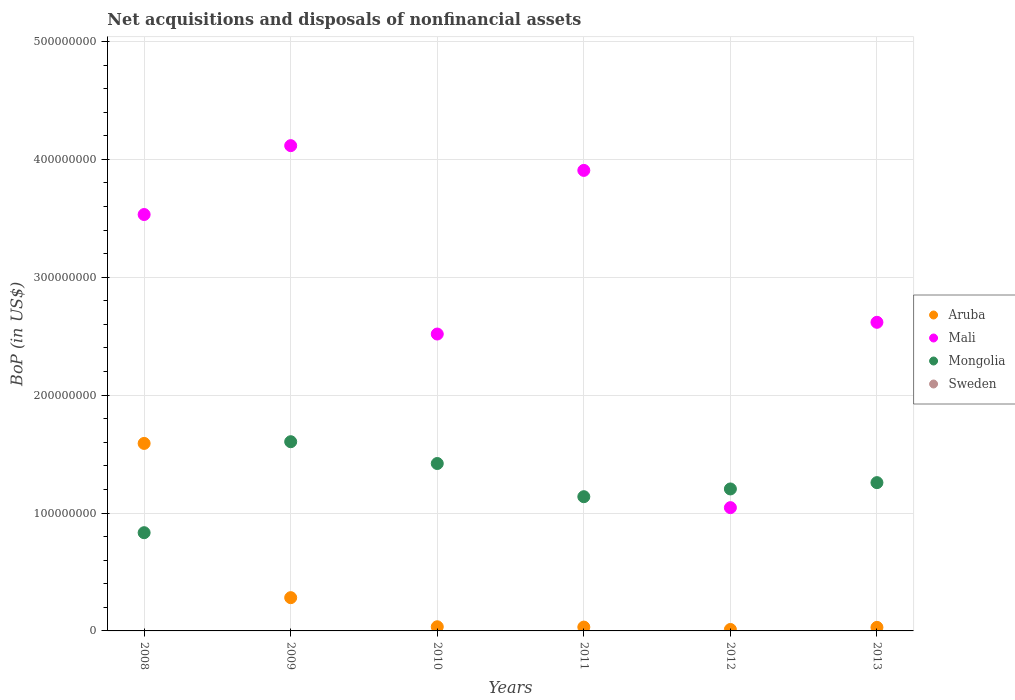
| Years | Aruba | Mali | Mongolia | Sweden |
 | --- | --- | --- | --- | --- |
 | 2008 | 1.59e+08 | 3.53e+08 | 8.33e+07 | -7.73e+08 |
 | 2009 | 2.82e+07 | 4.12e+08 | 1.6e+08 | -5.2e+08 |
 | 2010 | 3.52e+06 | 2.52e+08 | 1.42e+08 | -6.62e+08 |
 | 2011 | 3.24e+06 | 3.91e+08 | 1.14e+08 | -9e+08 |
 | 2012 | 1.23e+06 | 1.05e+08 | 1.2e+08 | -8.6e+08 |
 | 2013 | 3.02e+06 | 2.62e+08 | 1.26e+08 | -1.44e+09 |